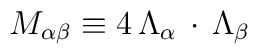
M_{\alpha \beta} \equiv 4 \, \Lambda_\alpha  \, \cdot \, \Lambda_\beta